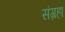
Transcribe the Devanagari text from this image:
संग्रहा